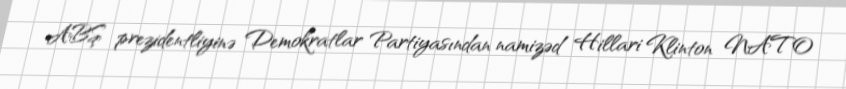
ABŞ prezidentliyinə Demokratlar Partiyasından namizəd Hillari Klinton NATO